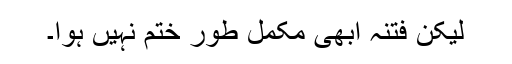
لیکن فتنہ ابھی مکمل طور ختم نہیں ہوا۔